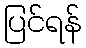
ပြင်ရန်